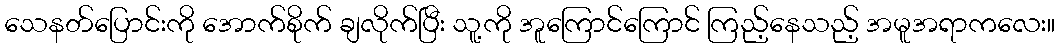
သေနတ်ပြောင်းကို အောက်စိုက် ချလိုက်ပြီး သူ့ကို အူကြောင်ကြောင် ကြည့်နေသည့် အမူအရာကလေး။